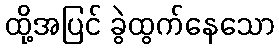
ထို့အပြင် ခွဲထွက်နေသော